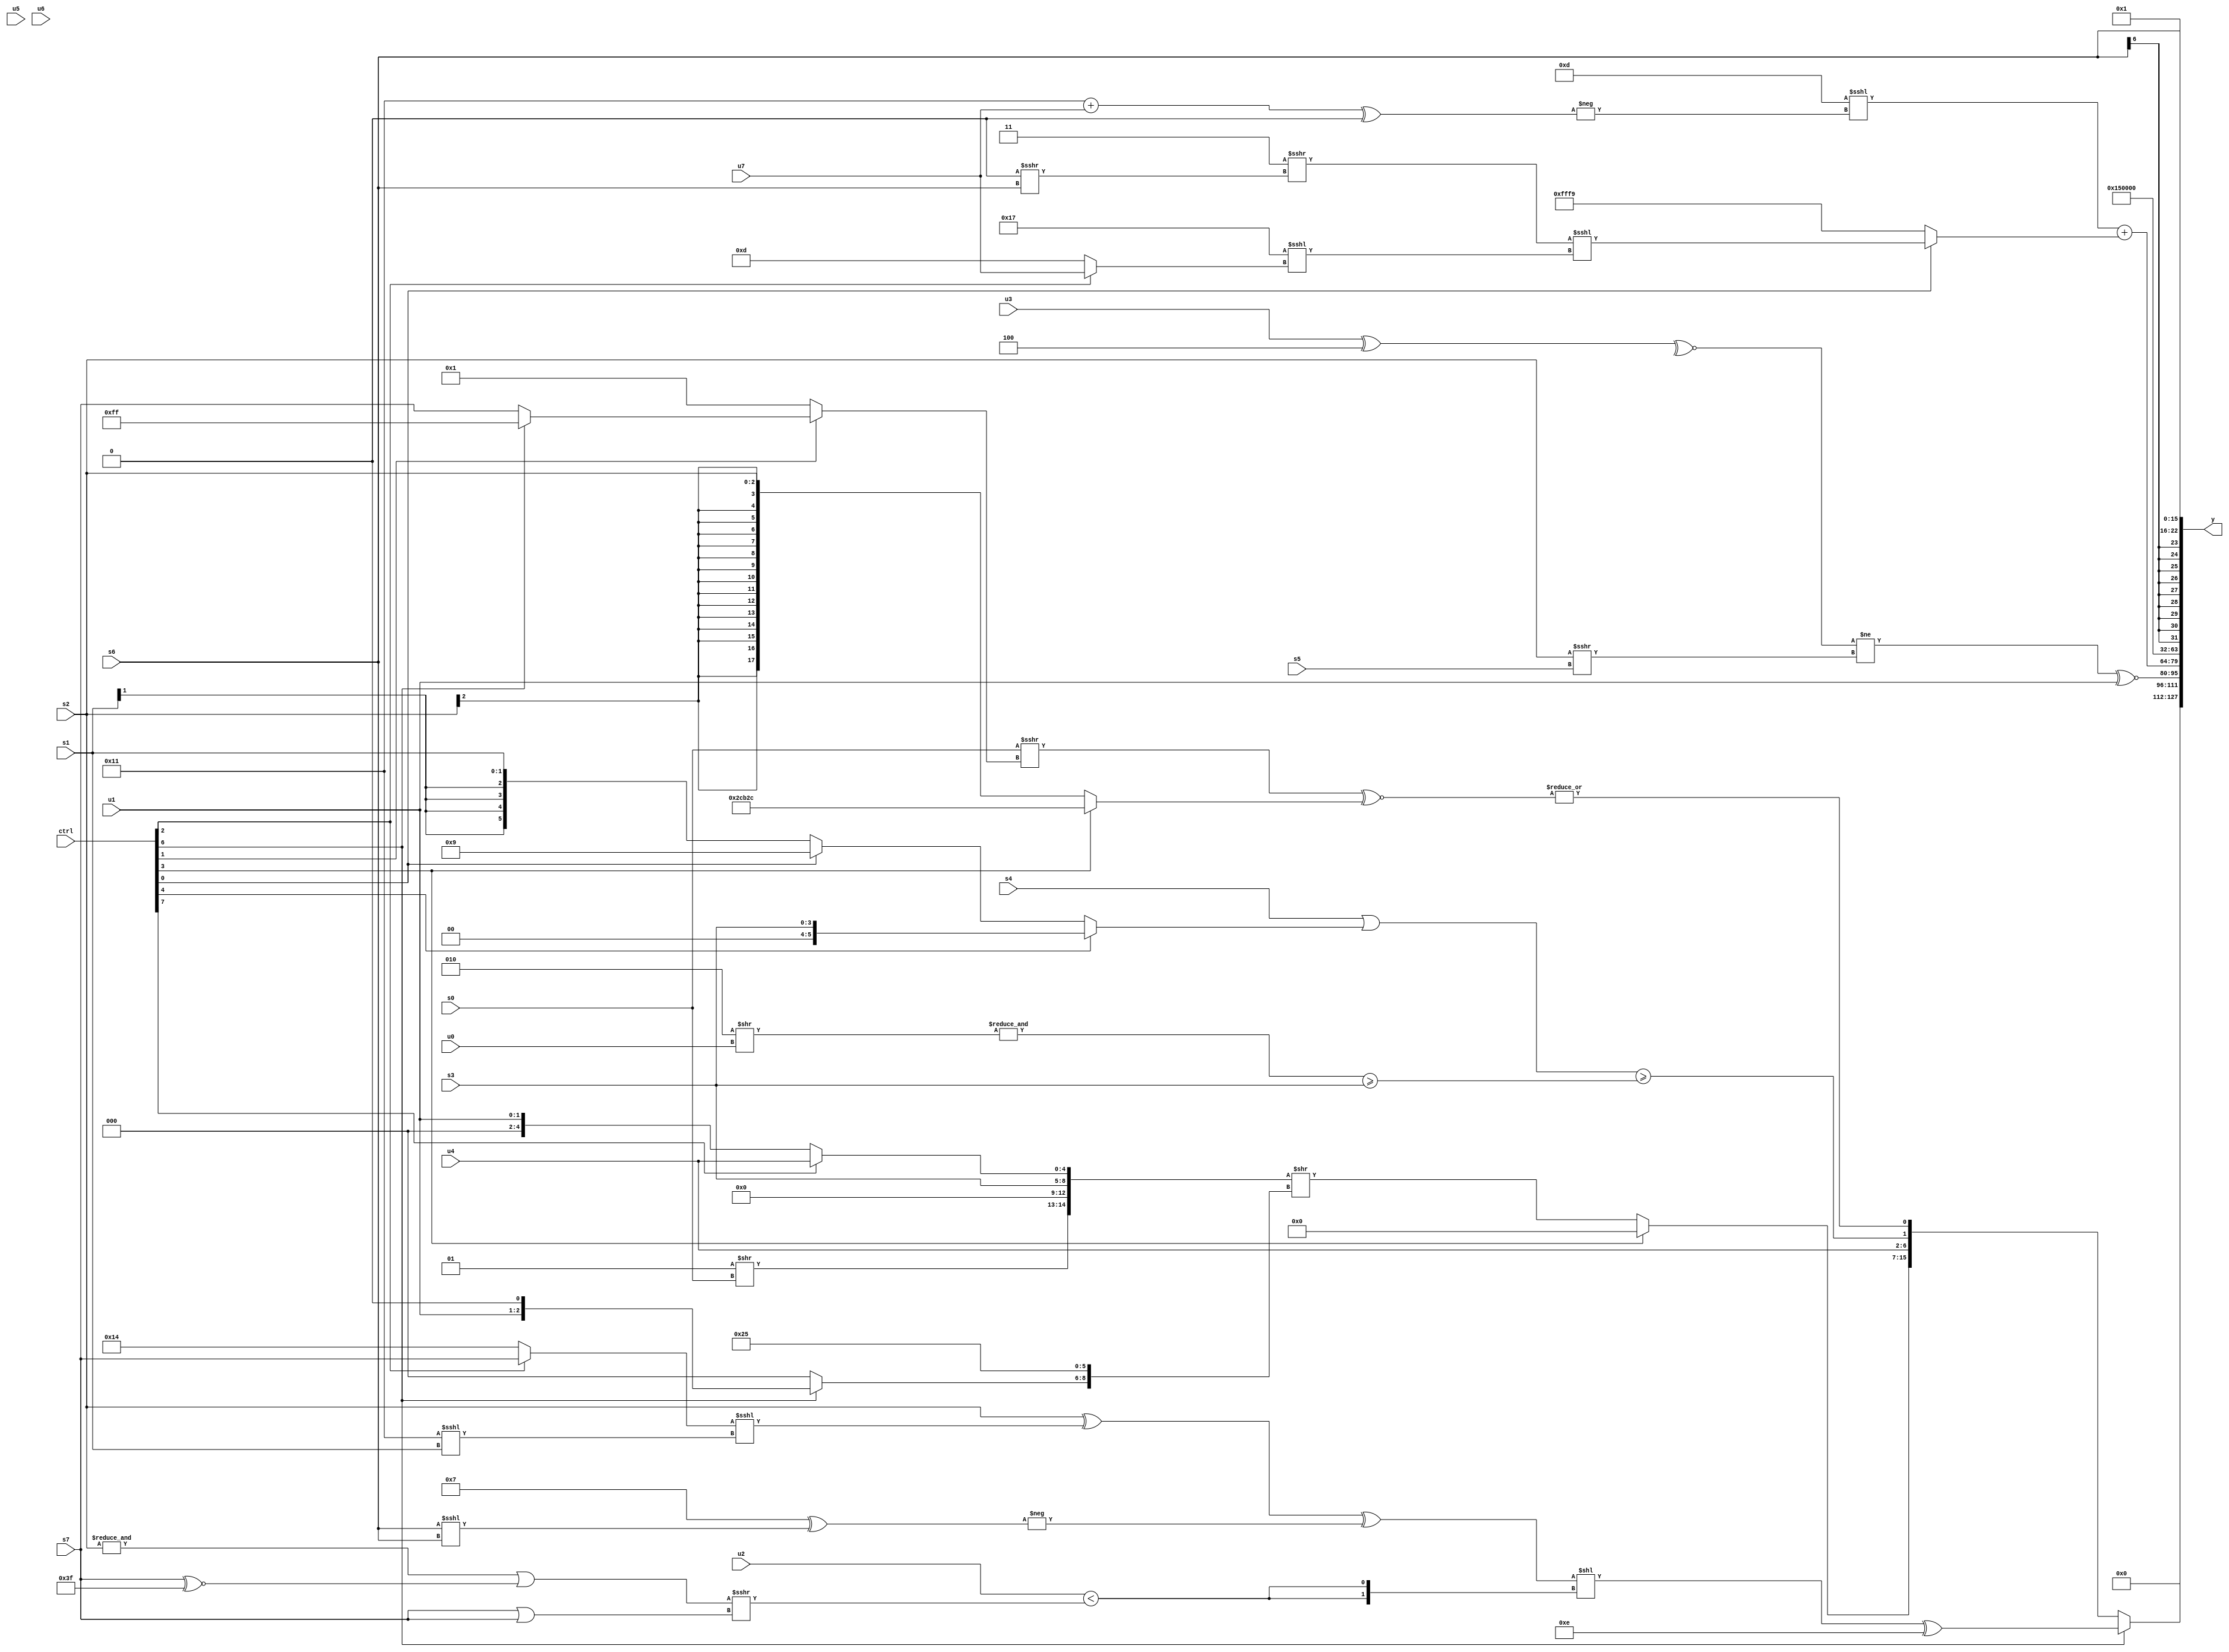
module wideexpr_00743(ctrl, u0, u1, u2, u3, u4, u5, u6, u7, s0, s1, s2, s3, s4, s5, s6, s7, y);
  input [7:0] ctrl;
  input [0:0] u0;
  input [1:0] u1;
  input [2:0] u2;
  input [3:0] u3;
  input [4:0] u4;
  input [5:0] u5;
  input [6:0] u6;
  input [7:0] u7;
  input signed [0:0] s0;
  input signed [1:0] s1;
  input signed [2:0] s2;
  input signed [3:0] s3;
  input signed [4:0] s4;
  input signed [5:0] s5;
  input signed [6:0] s6;
  input signed [7:0] s7;
  output [127:0] y;
  wire [15:0] y0;
  wire [15:0] y1;
  wire [15:0] y2;
  wire [15:0] y3;
  wire [15:0] y4;
  wire [15:0] y5;
  wire [15:0] y6;
  wire [15:0] y7;
  assign y = {y0,y1,y2,y3,y4,y5,y6,y7};
  assign y0 = (1'sb1)>(4'sb0010);
  assign y1 = (ctrl[6]?(($signed(((s2)^(((ctrl[2]?s7:6'sb010100))<<<((6'sb110001)<<<(s1))))^(-((4'sb0111)^((s6)<<<(s6))))))<<({2{(u2)<(((&(s2))|((s7)^~(6'b111111)))>>>((s7)|(+(s7))))}}))^(4'sb1110):{$signed((ctrl[3]?($signed((-(4'sb1110))<<({3{6'sb100110}})))<({4{$signed(3'sb000)}}):($signed({(2'sb01)>>(s0),(4'b0000)>>(3'sb001),(ctrl[2]?s3:s3),(ctrl[7]?u4:u1)}))>>({(ctrl[6]?{u1,1'sb0}:(1'b0)&(4'sb0001)),6'sb100101}))),u4,$signed((({1{$unsigned($unsigned(s4))}})|((ctrl[4]?s3:$signed((ctrl[0]?6'sb001001:s1)))))>=((&(((6'sb000010)^~(1'sb1))>>(u0)))>=(s3))),|(((+(s0))>>>((ctrl[1]?+((ctrl[6]?5'sb11111:s7)):-((3'sb010)^(3'sb101)))))^~((ctrl[3]?$signed({3{$signed(6'sb101100)}}):s2)))});
  assign y2 = (($signed(~^(($signed((u3)^(4'sb0100)))<<(^({6'sb011111,2'sb10,1'sb0,4'sb0101})))))!=((s2)>>>(s5)))^~(u1);
  assign y3 = ((5'sb01101)<<<(-(((6'b010001)+(u7))^((5'sb01011)>=(6'b010011)))))+((ctrl[0]?((2'sb11)>>>((1'sb0)>>>(s6)))<<<((5'sb10111)<<<((ctrl[2]?u7:4'sb1101))):-(+(3'b111))));
  assign y4 = 5'b10101;
  assign y5 = $signed({2{($signed(4'sb0001))<<<($signed(+(~(6'sb010101))))}});
  assign y6 = s6;
  assign y7 = ^(3'sb010);
endmodule